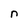
Character: n